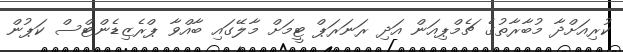
ކުރިއަށްދާ މުބާރާތުގެ ޗެމްޕިއަން އަދި ރަނަރަޕް ޓީމަށް މާލޭގައި ބާއްވާ ޕްރެޒިޑެންޓްސް ކަޕުން